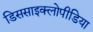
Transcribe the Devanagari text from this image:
डिससाइक्लोपीडिया